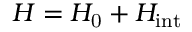
H = H _ { \mathrm { 0 } } + H _ { \mathrm { i n t } }